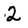
Character: 2